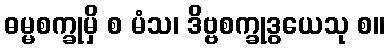
ဓမ္မစက္ခုမှိ စ မံသ၊ ဒိဗ္ဗစက္ခုဒွယေသု စ။